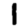
Digit: 1